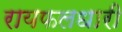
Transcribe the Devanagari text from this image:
रायफलधारी